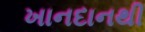
ખાનદાનથી